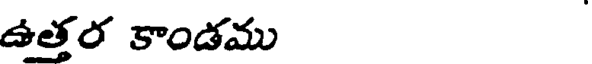
ఉత్తర కాండము